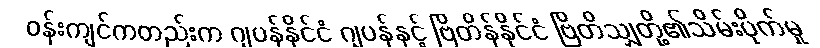
ဝန်းကျင်ကတည်းက ဂျပန်နိုင်ငံ ဂျပန်နှင့် ဗြိတိန်နိုင်ငံ ဗြိတိသျှတို့၏သိမ်းပိုက်မှု